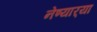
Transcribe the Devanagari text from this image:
नेण्यार्‍या